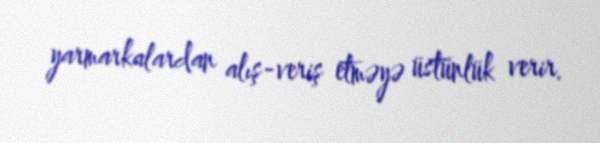
yarmarkalardan alış-veriş etməyə üstünlük verir.